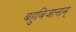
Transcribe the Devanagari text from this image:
बहुबिजानाम्